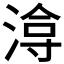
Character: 𭱔